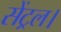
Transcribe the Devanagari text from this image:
सेंट्रल।